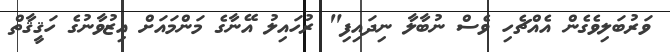
ވަރުބަލިވެގެން އެއްޗެހި ވެސް ނުބާލާ ނިދައިފި" ރުހައިލު އޭނާގެ މަންމައަށް އިޒުވާނުގެ ހަޤީޤާތް